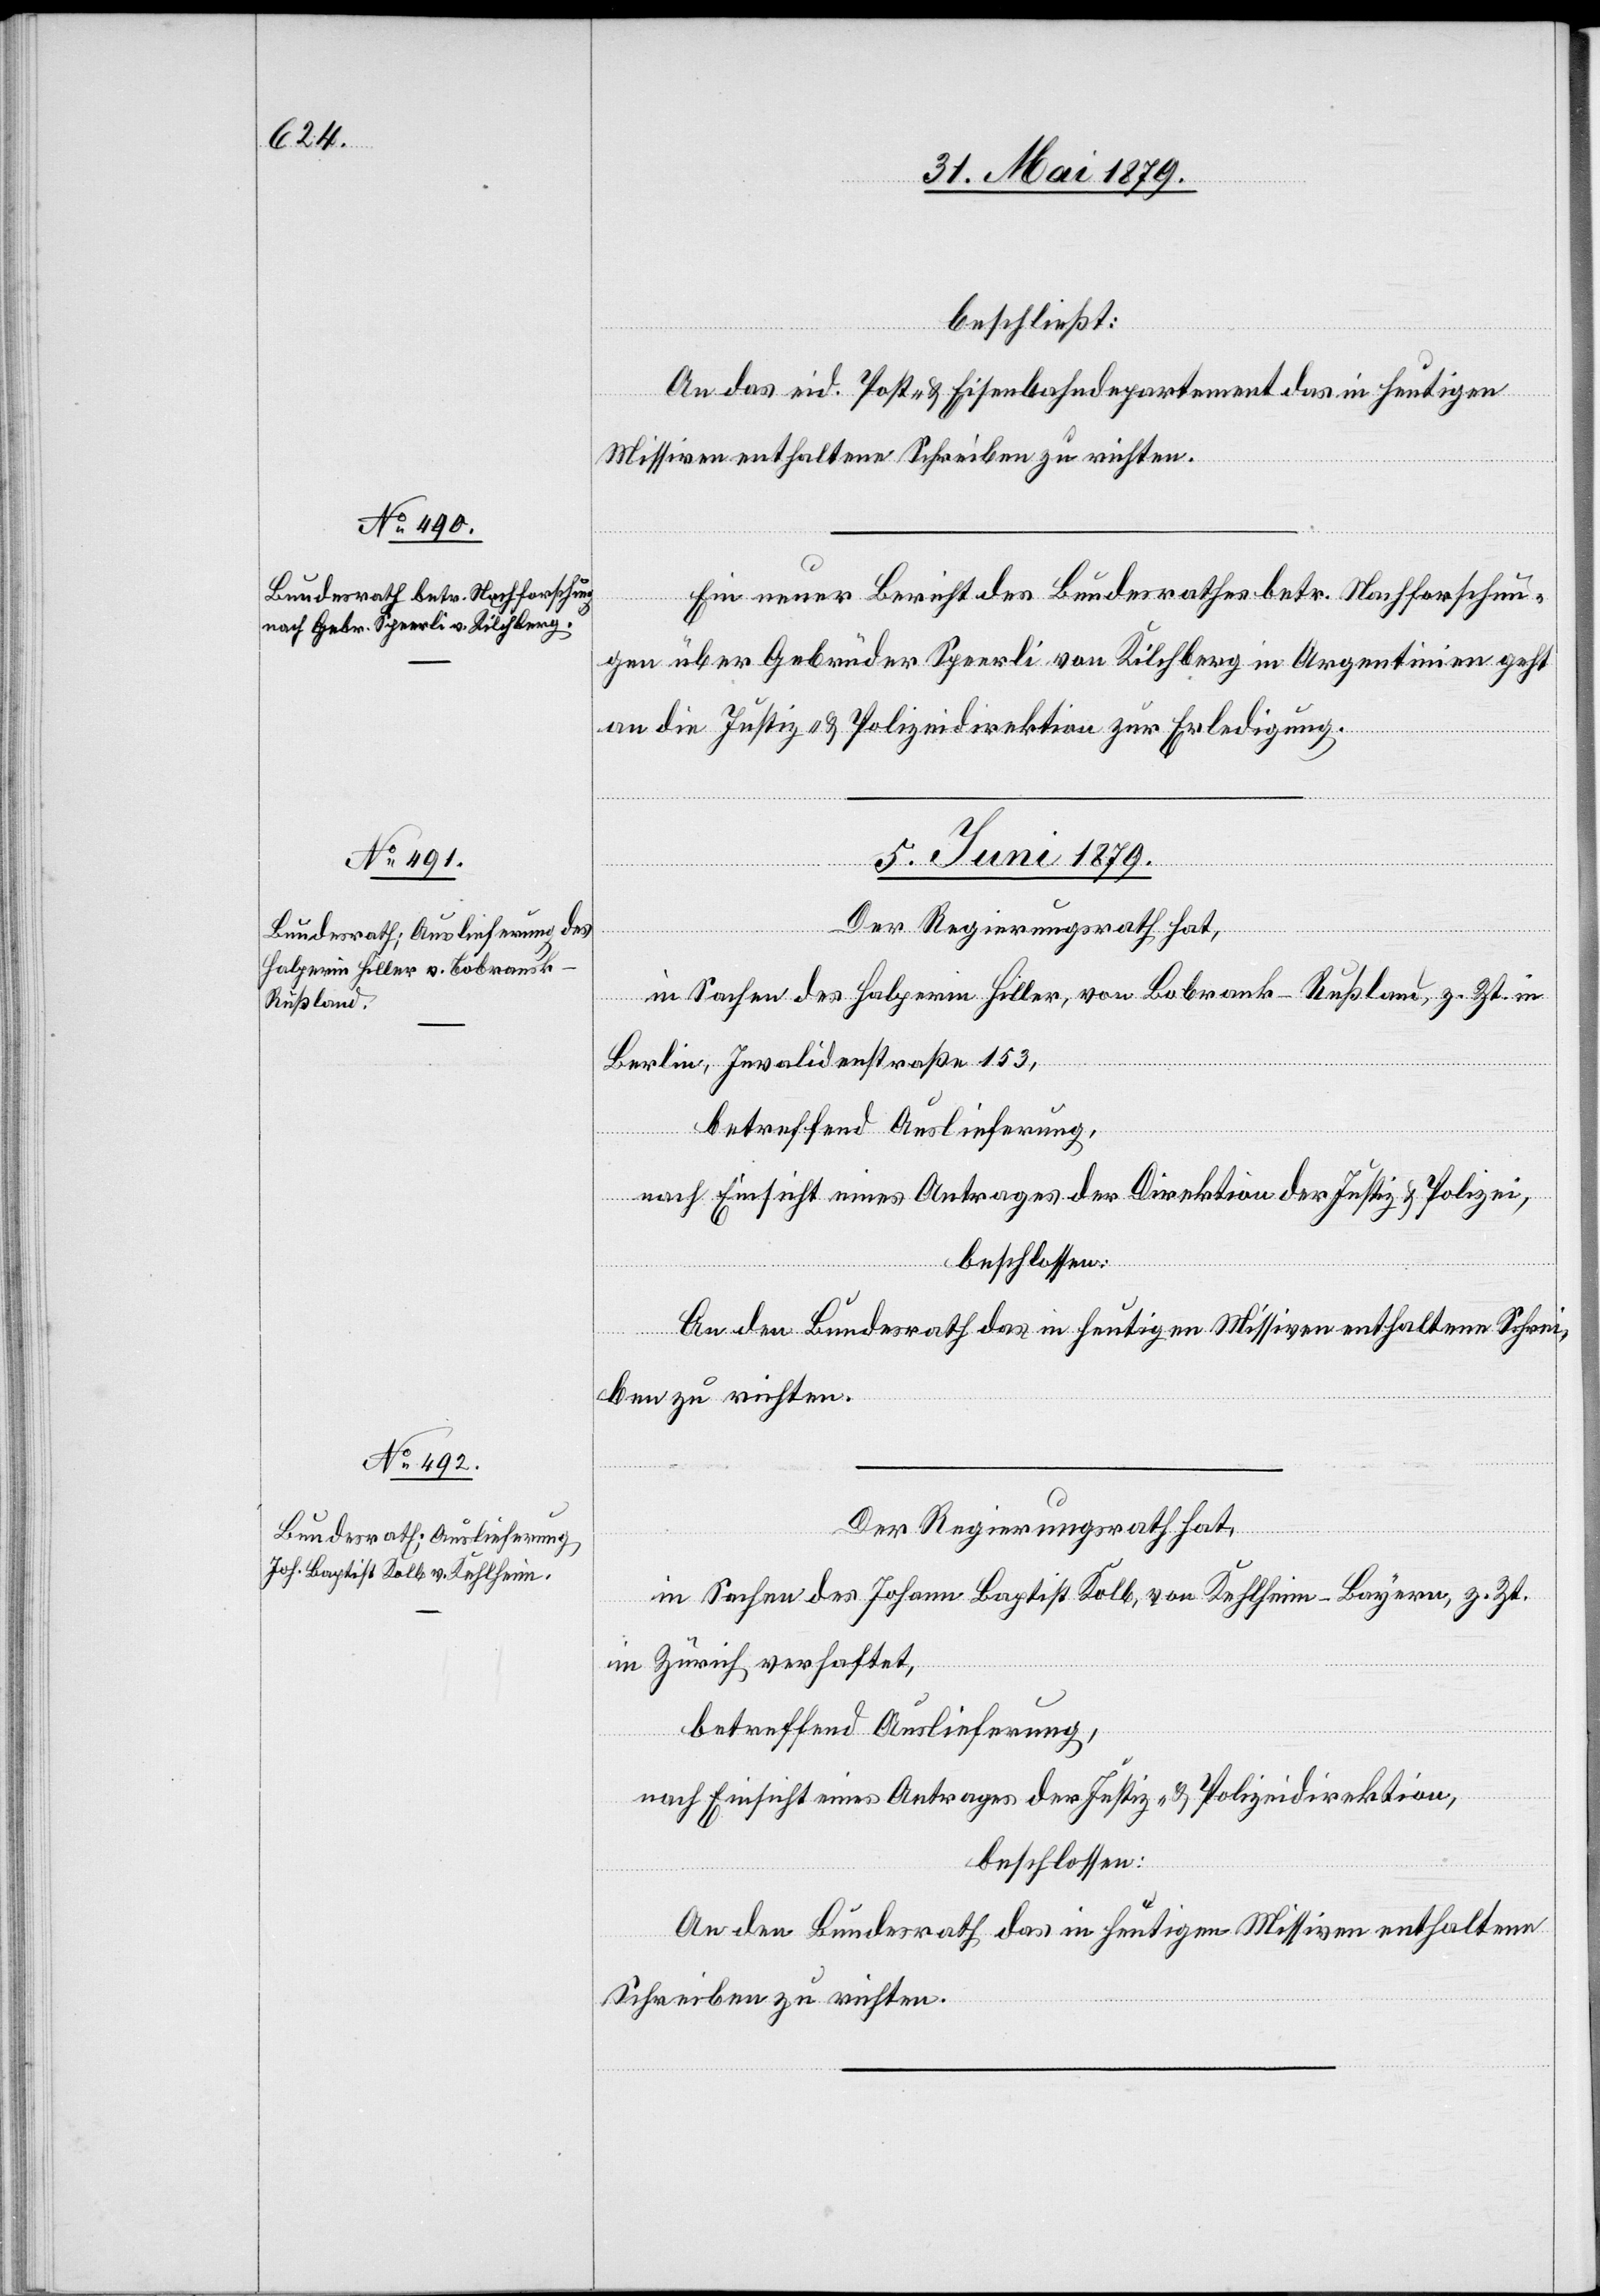
beschließt:
An das eid. Post- & Eisenbahndepartement das in heutigen
Missiven enthaltene Schreiben zu richten.
Ein neuer Bericht des Bundesrathes betr. Nachforschun¬
gen über Gebrüder Speerli von Kilchberg in Argentinien geht
an die Justiz- & Polizeidirektion zur Erledigung.
5. Juni 1879.]
Der Regierungsrath hat,
in Sachen des Halperin Hiller, von Bobran[s]k - Rußland, z. Zt. in
Berlin, Invalidenstraße 153,
betreffend Auslieferung,
nach Einsicht eines Antrages der Direktion der Justiz & Polizei,
beschlossen:
An den Bundesrath das in heutigen Missiven enthaltene Schrei¬
ben zu richten.
in Sachen des Johann Baptist Kolb, von Kehlheim - Bayern, z. Zt.
in Zürich verhaftet,
betreffend Auslieferung,
nach Einsicht eines Antrages der Justiz- & Polizeidirektion,
beschlossen:
An den Bundesrath das in heutigen Missiven enthaltene
Schreiben zu richten.